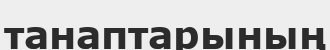
танаптарының